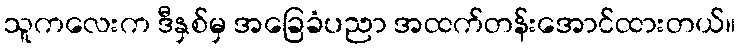
သူကလေးက ဒီနှစ်မှ အခြေခံပညာ အထက်တန်းအောင်ထားတယ်။